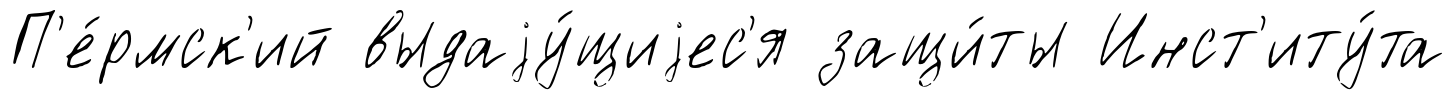
П'е́рмск'ий выдаjу́щиjес'я защи́ты Инст'иту́та